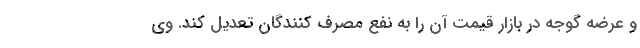
و عرضه گوجه در بازار قیمت آن را به نفع مصرف کنندگان تعدیل کند. وی